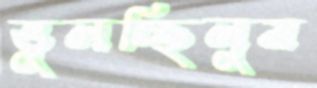
ভুলচ্ছিলুম